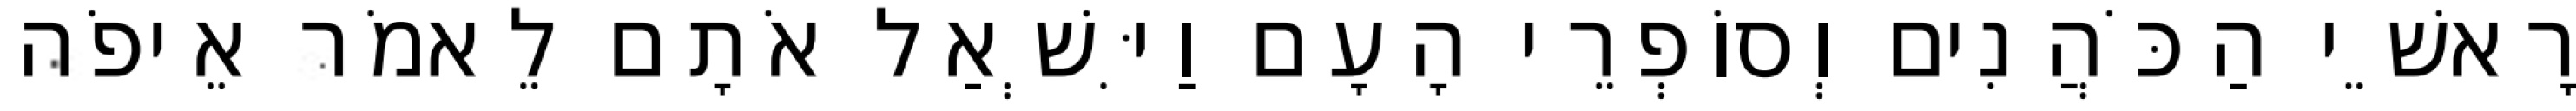
רָאשֵׁי הַכֹּהֲנִים וְסוֹפְרֵי הָעָם וַיִּשְׁאַל אֹתָם לֵאמֹר אֵיפֹה